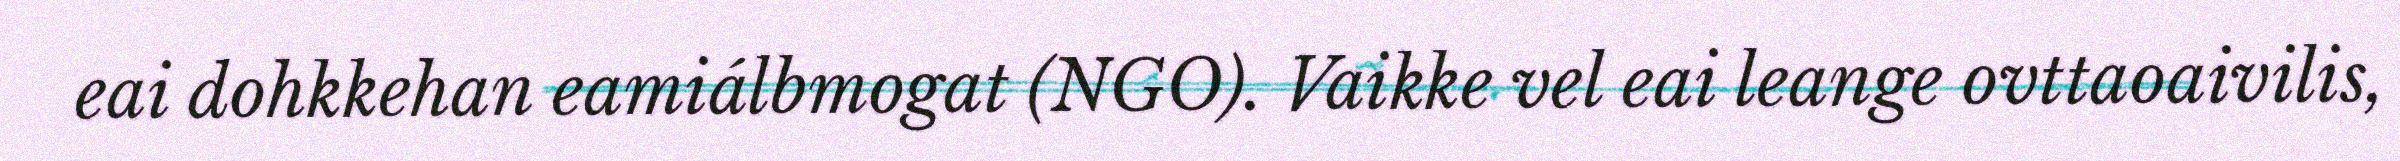
eai dohkkehan eamiálbmogat (NGO). Vaikke vel eai leange ovttaoaivilis,